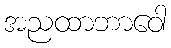
အညထာဘာဝေါ